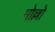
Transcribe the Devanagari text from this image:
मोल्लो